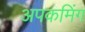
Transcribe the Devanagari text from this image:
अपकमिंग